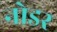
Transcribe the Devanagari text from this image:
नोडर